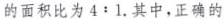
的面积比为$$4 : 1$$.其中，正确的